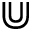
\Cup